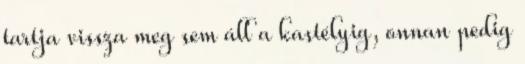
tartja vissza meg sem áll a kastélyig, onnan pedig